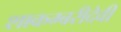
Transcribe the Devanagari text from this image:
शाकम्बरीदेवी